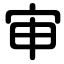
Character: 审